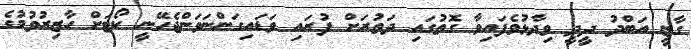
ގާޒީ އަބްދު ދީދީ ވިދާޅުވެފައިވާ ގޮތުގައި ދަތުރަށް ފުރައި ވަޑައިގަންނަވަންޖެހޭނީ ކޯޓަށް ހާޒިރުވުމުގެ